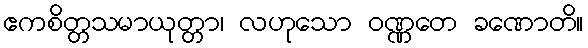
ဧကစိတ္တသမာယုတ္တာ၊ လဟုသော ဝဏ္ဏတေ ခဏောတိ။